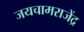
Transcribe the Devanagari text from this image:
जयचामराजेंद्र